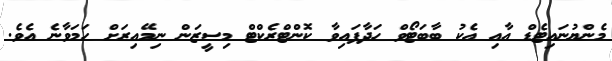
މެންޔުނައިޓެޑް އާއި އެކު ބާބަޓޯވް ހަދާފައިވާ ކޮންޓްރެކްޓް މިސީޒަން ނިމޭއިރަށް ހަމަވާނެ އެވެ.